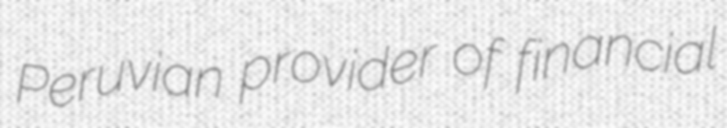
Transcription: Peruvian provider of financial